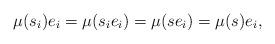
LaTeX: \begin{align*}\mu(s_i) e_i = \mu(s_i e_i) = \mu(se_i) = \mu(s) e_i,\end{align*}